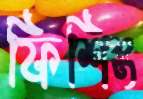
ফিশিং